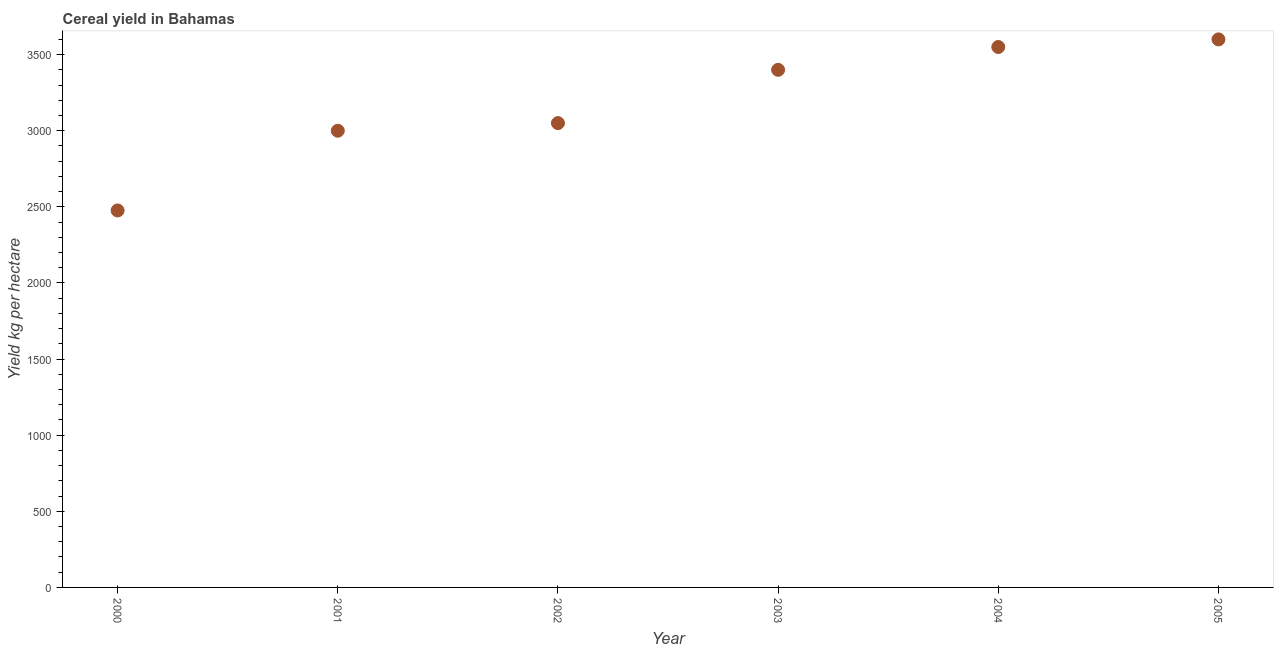
| Year | Cereal yield |
 | --- | --- |
 | 2000 | 2.48e+03 |
 | 2001 | 3e+03 |
 | 2002 | 3.05e+03 |
 | 2003 | 3.4e+03 |
 | 2004 | 3.55e+03 |
 | 2005 | 3.6e+03 |